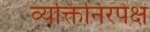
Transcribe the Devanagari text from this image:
व्यक्तिनिरपेक्ष